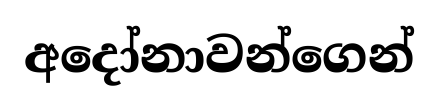
අදෝනාවන්ගෙන්